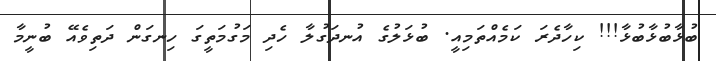
ބުޅާބުޅާބުޅާ!!! ކިހާދެރަ ކަމެއްތަމިއީ. ބުޅަލުުގެެ އުނދަގުލާ ހެދިި މަގުމަތީގަ ހިނގަން ދަތިވެއޭ ބުނީމާ